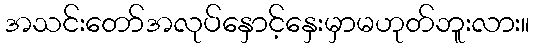
အသင်းတော်အလုပ်နှောင့်နှေးမှာမဟုတ်ဘူးလား။